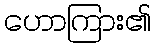
ဟောကြား၏